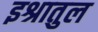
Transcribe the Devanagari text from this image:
इश्रातुल